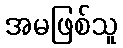
အမဖြစ်သူ